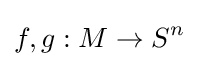
f,g:M\to S^{n}